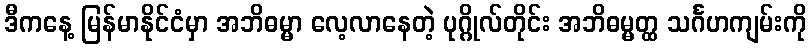
ဒီကနေ့ မြန်မာနိုင်ငံမှာ အဘိဓမ္မာ လေ့လာနေတဲ့ ပုဂ္ဂိုလ်တိုင်း အဘိဓမ္မတ္ထ သင်္ဂဟကျမ်းကို